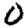
Digit: 0